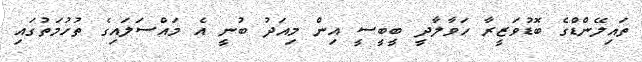
ތައިލޭންޑްގެ ބޮޑުވަޒީރާ ހަވާލާދީ ބީބީސީ އިން މިއަދު ބުނީ އެ މައްސަލައިގެ ތުހުމަތުގައި